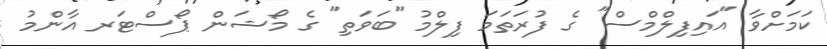
ކަމަށްވާ "އައިފިލްމްސް" ގެ ފުރަތަމަ ފިލްމު "ބަވަތި" ގެ މޯޝަން ޕޯސްޓަރ އާންމު